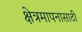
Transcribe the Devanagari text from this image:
क्षेत्रमापनासाठी